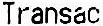
TRANSAC